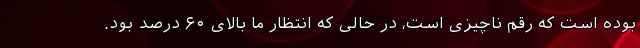
بوده است که رقم ناچیزی است، در حالی که انتظار ما بالای ۶۰ درصد بود.